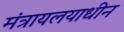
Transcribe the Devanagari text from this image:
मंत्रायलयाधीन